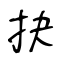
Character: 抉